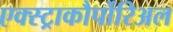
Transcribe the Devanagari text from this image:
एक्स्ट्राकौर्पोरिअल